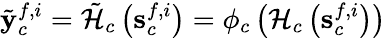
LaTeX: {\tilde{\mathbf{y}}}_{c}^{f,i}={\tilde{{\cal{H}}}_{c}}\left({\mathbf{s}}_{c}^{f,i}\right)=\phi_{c}\left({{\cal{H}}}_{c}\left({\mathbf{s}}_{c}^{f,i}\right)\right)